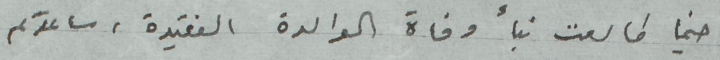
حينما طالعت نبأ وفاة الوالدة الفيقدة، ساعدكم